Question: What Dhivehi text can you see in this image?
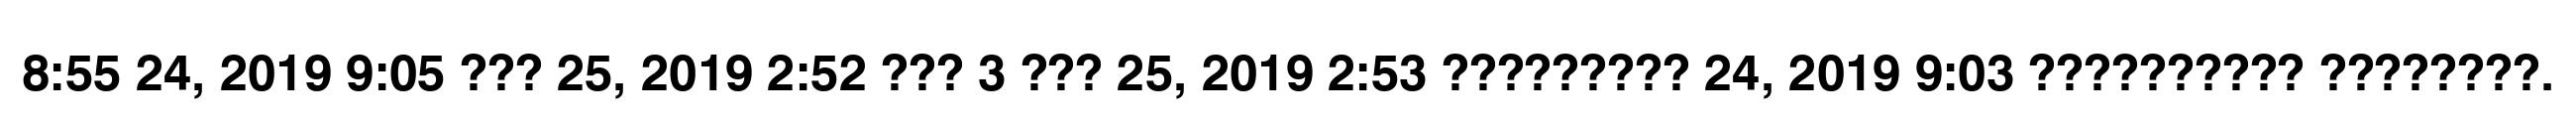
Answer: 8:55 24, 2019 9:05 ??? 25, 2019 2:52 ??? 3 ??? 25, 2019 2:53 ????????? 24, 2019 9:03 ?????????? ????????.